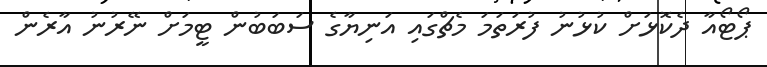
ޕޯޓޯއާ ދެކޮޅަށް ކުޅުނު ފުރަތަމަ މެޗްގައި އަނިޔާގެ ސަބަބުން ޓީމަށް ނޭރުނު އާރެން